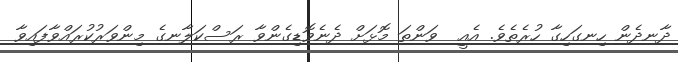
ދާނދެން ހިނގަހިގާ ހުރެތެވެ. އެއީ  ވަންތަ މޮޅަށް ދެނެވޮޑިގެންވާ ރަސްކަލާނގެ މިންވަރުކުރައްވާފައިވާ